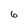
Character: 6